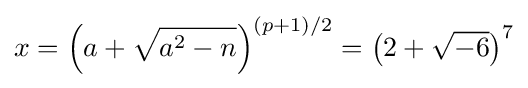
x=\left(a+{\sqrt {a^{2}-n}}\right)^{(p+1)/2}=\left(2+{\sqrt {-6}}\right)^{7}